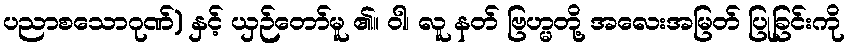
ပညာစသောဂုဏ်) နှင့် ယှဉ်တော်မူ ၏။ ဝါ၊ လူ နတ် ဗြဟ္မတို့ အလေးအမြတ် ပြုခြင်းကို